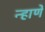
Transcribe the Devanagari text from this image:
न्हाणें